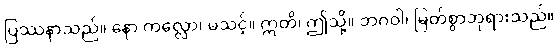
ပြဿနာသည်။ နော ကလ္လော၊ မသင့်။ ဣတိ၊ ဤသို့။ ဘဂဝါ၊ မြတ်စွာဘုရားသည်။